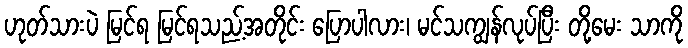
ဟုတ်သားပဲ မြင်ရ မြင်ရသည့်အတိုင်း ပြောပါလား၊ မင်သကျွန်လုပ်ပြီး တို့မေး သာကို